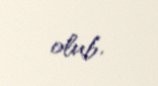
olub.